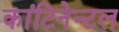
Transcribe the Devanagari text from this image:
कांटिनेन्टल